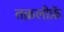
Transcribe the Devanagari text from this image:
तक़लीफ़ें